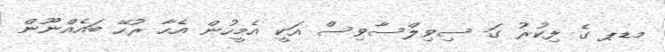
މޑޕ ގެ ފިކުރު ގަ ސިވިލްސާވިސް އަކީ އެމީހުން އެހާ ރުހޭ ބައެއްނޫން